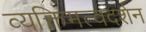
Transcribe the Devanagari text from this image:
व्यक्तिमत्वदर्शन